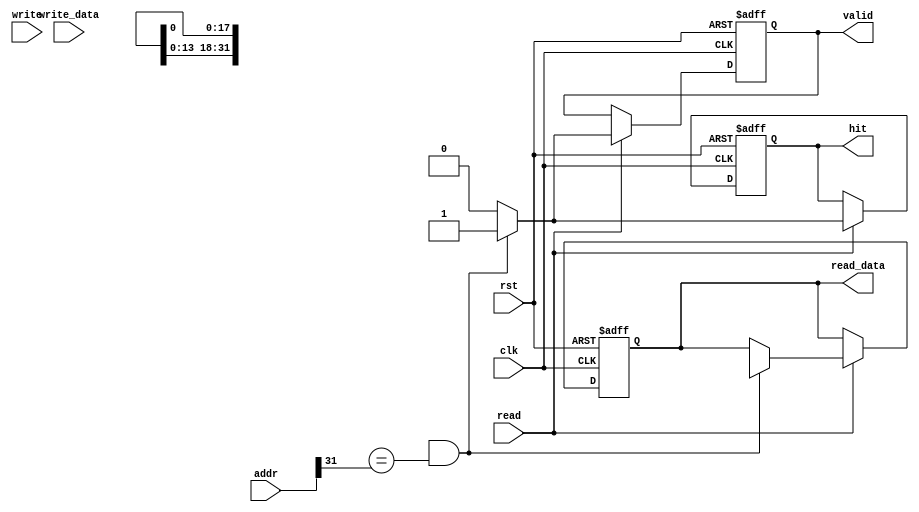
module L1_Cache #(
    parameter CACHE_SIZE = 16, // Number of cache lines per set
    parameter LINE_SIZE = 32,   // Line size in bytes
    parameter ADDR_WIDTH = 32,  // Address width
    parameter INDEX_WIDTH = 4,  // Index width (for 16 lines)
    parameter TAG_WIDTH = ADDR_WIDTH - INDEX_WIDTH - $clog2(LINE_SIZE)
)(
    input clk,
    input rst,
    input [ADDR_WIDTH-1:0] addr, // Address from CPU
    input [LINE_SIZE-1:0] write_data, // Data to write
    input read, // Read request
    input write, // Write request
    output reg [LINE_SIZE-1:0] read_data, // Data to return
    output reg hit, // Hit signal
    output reg valid // Valid signal
);

    // Cache line structure
    reg [TAG_WIDTH-1:0] tags[CACHE_SIZE-1:0]; // Tags
    reg [LINE_SIZE-1:0] data[CACHE_SIZE-1:0]; // Data
    reg valid_bits[CACHE_SIZE-1:0]; // Valid bits
    reg dirty_bits[CACHE_SIZE-1:0]; // Dirty bits

    // Cache indexing
    wire [INDEX_WIDTH-1:0] index = addr[INDEX_WIDTH+LINE_SIZE-1:LINE_SIZE];
    wire [TAG_WIDTH-1:0] tag = addr[ADDR_WIDTH-1:INDEX_WIDTH+LINE_SIZE];

    integer i;

    // Initialize cache
    always @(posedge clk or posedge rst) begin
        if (rst) begin
            for (i = 0; i < CACHE_SIZE; i = i + 1) begin
                valid_bits[i] <= 1'b0;
                dirty_bits[i] <= 1'b0;
                tags[i] <= {TAG_WIDTH{1'b0}};
                data[i] <= {LINE_SIZE{1'b0}};
            end
            hit <= 1'b0;
            read_data <= {LINE_SIZE{1'b0}};
            valid <= 1'b0;
        end
        else begin
            // Read operation
            if (read) begin
                if (valid_bits[index] && (tags[index] == tag)) begin
                    // Cache hit
                    hit <= 1'b1;
                    read_data <= data[index];
                    valid <= 1'b1;
                end else begin
                    // Cache miss
                    hit <= 1'b0;
                    valid <= 1'b0;
                    // Fetch data from next level (not implemented)
                end
            end
            
            // Write operation
            if (write) begin
                if (valid_bits[index] && (tags[index] == tag)) begin
                    // Cache hit, update data
                    data[index] <= write_data;
                    dirty_bits[index] <= 1'b1; // Mark as dirty
                end else begin
                    // Cache miss, need to load data from next level (not implemented)
                    // Eviction logic can be added here
                end
            end
        end
    end

endmodule